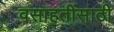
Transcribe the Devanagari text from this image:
वसाहतींसाठी